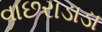
વાછરાડાડા